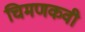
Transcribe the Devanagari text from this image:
चिमणकवी